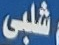
شلبى